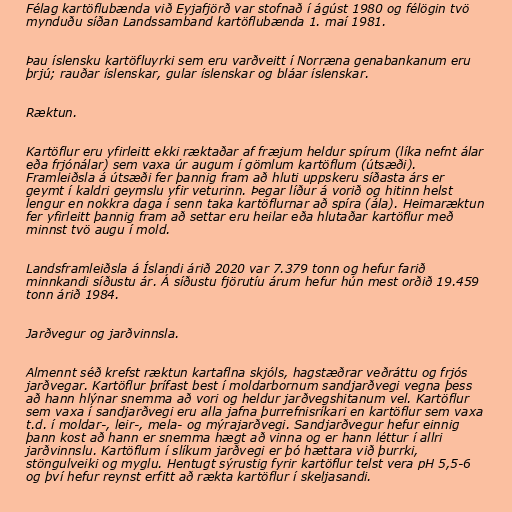
Félag kartöflubænda við Eyjafjörð var stofnað í ágúst 1980 og félögin tvö
mynduðu síðan Landssamband kartöflubænda 1. maí 1981.

Þau íslensku kartöfluyrki sem eru varðveitt í Norræna genabankanum eru
þrjú; rauðar íslenskar, gular íslenskar og bláar íslenskar.

Ræktun.

Kartöflur eru yfirleitt ekki ræktaðar af fræjum heldur spírum (líka nefnt álar
eða frjónálar) sem vaxa úr augum í gömlum kartöflum (útsæði).
Framleiðsla á útsæði fer þannig fram að hluti uppskeru síðasta árs er
geymt í kaldri geymslu yfir veturinn. Þegar líður á vorið og hitinn helst
lengur en nokkra daga í senn taka kartöflurnar að spíra (ála). Heimaræktun
fer yfirleitt þannig fram að settar eru heilar eða hlutaðar kartöflur með
minnst tvö augu í mold.

Landsframleiðsla á Íslandi árið 2020 var 7.379 tonn og hefur farið
minnkandi síðustu ár. Á síðustu fjörutíu árum hefur hún mest orðið 19.459
tonn árið 1984.

Jarðvegur og jarðvinnsla.

Almennt séð krefst ræktun kartaflna skjóls, hagstæðrar veðráttu og frjós
jarðvegar. Kartöflur þrífast best í moldarbornum sandjarðvegi vegna þess
að hann hlýnar snemma að vori og heldur jarðvegshitanum vel. Kartöflur
sem vaxa í sandjarðvegi eru alla jafna þurrefnisríkari en kartöflur sem vaxa
t.d. í moldar-, leir-, mela- og mýrajarðvegi. Sandjarðvegur hefur einnig
þann kost að hann er snemma hægt að vinna og er hann léttur í allri
jarðvinnslu. Kartöflum í slíkum jarðvegi er þó hættara við þurrki,
stöngulveiki og myglu. Hentugt sýrustig fyrir kartöflur telst vera pH 5,5-6
og því hefur reynst erfitt að rækta kartöflur í skeljasandi.